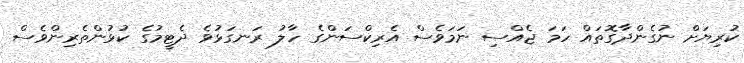
ކުރިޔަށް ނުގެންދާގޮތައް ހަމަ ޖެއްސި ނަމަވެސް އެރިކްސަންގެ ހާލު ރަނގަޅުވެ ދެޓީމުގެ ކުޅުންތެރިންވެސް